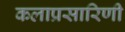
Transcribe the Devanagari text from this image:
कलाप्रसारिणी